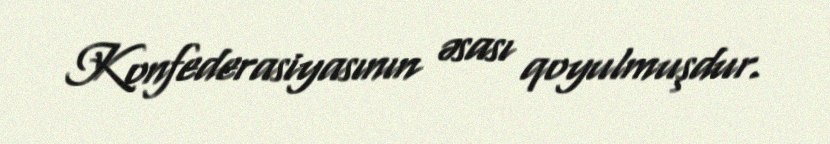
Konfederasiyasının əsası qoyulmuşdur.